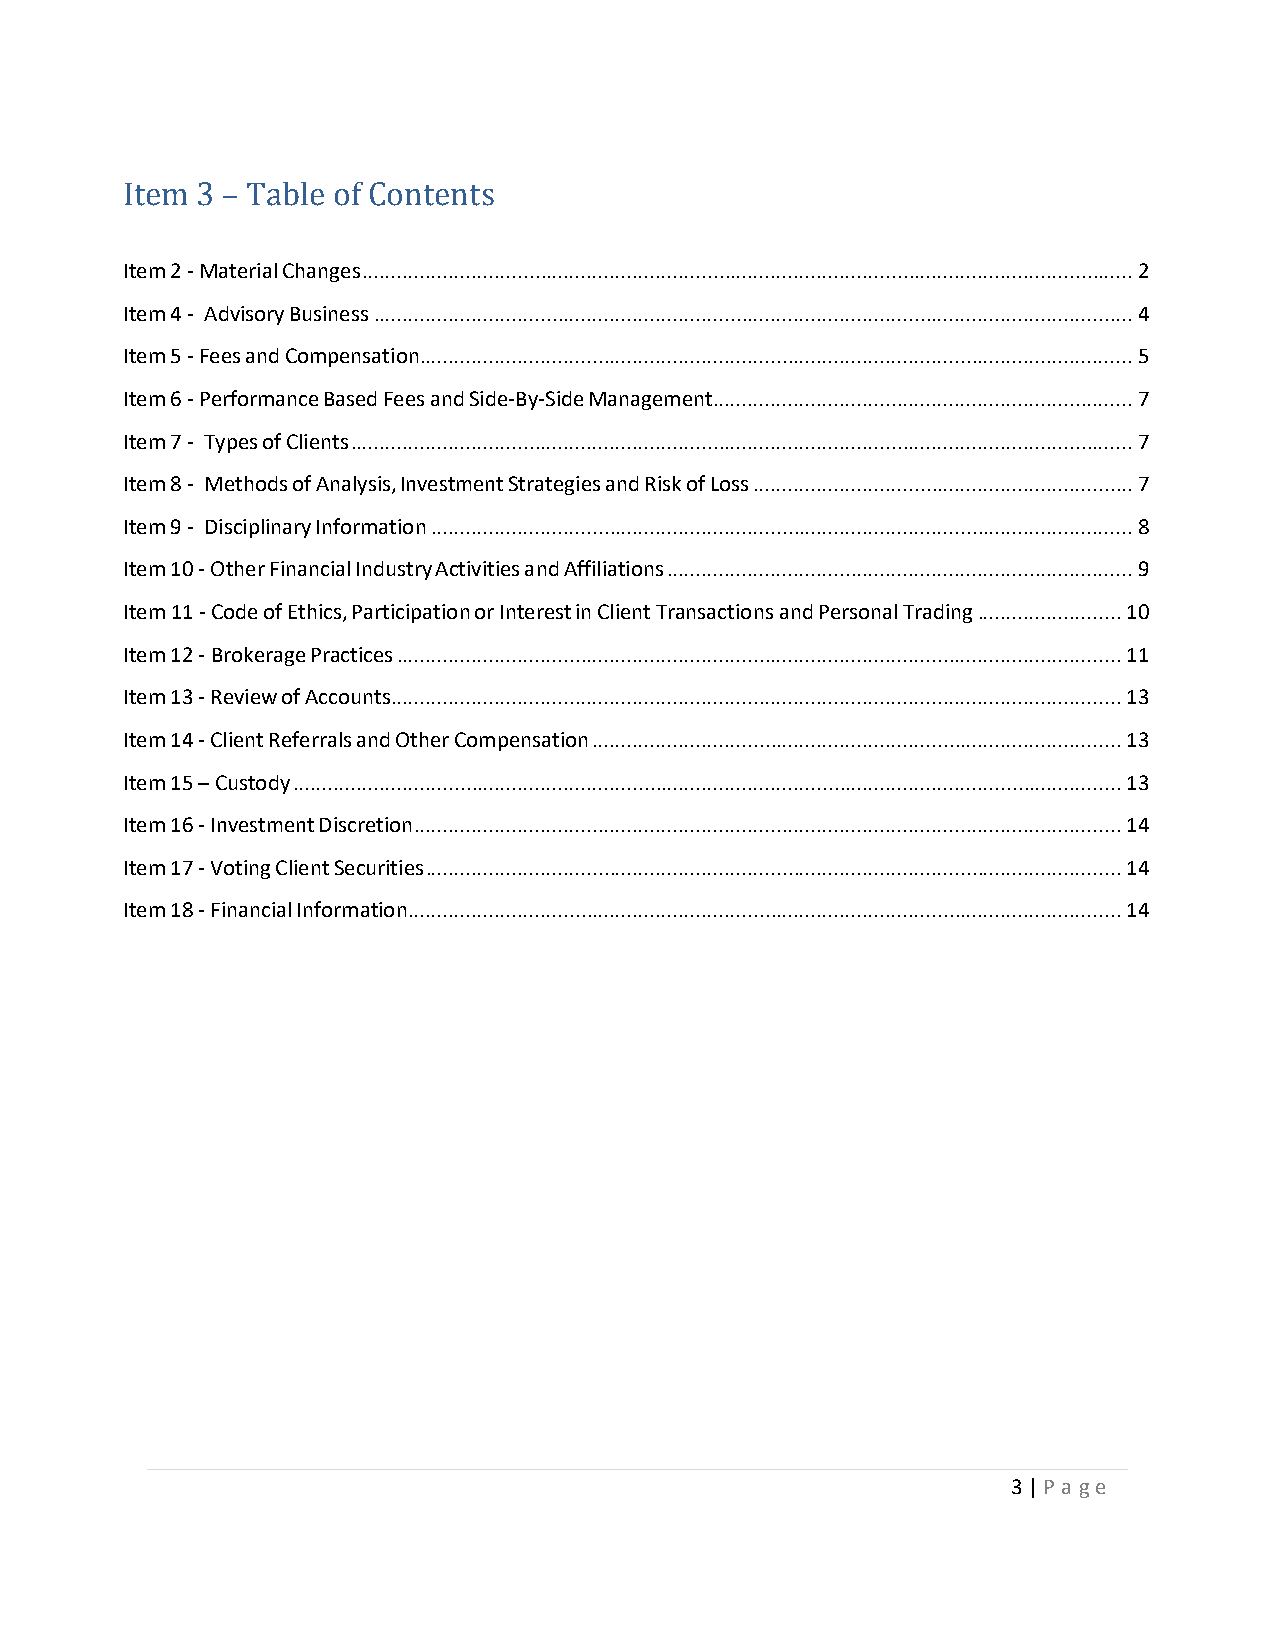
Item 3 – Table of Contents
 Item 2 - Material Changes ...................................................................................................................................... 2
 Item 4 - Advisory Business .................................................................................................................................... 4
 Item 5 - Fees and Compensation............................................................................................................................ 5
 Item 6 - Performance Based Fees and Side-By-Side Management ......................................................................... 7
 Item 7 - Types of Clients ........................................................................................................................................ 7
 Item 8 - Methods of Analysis, Investment Strategies and Risk of Loss .................................................................. 7
 Item 9 - Disciplinary Information .......................................................................................................................... 8
 Item 10 - Other Financial Industry Activities and Affiliations ................................................................................. 9
 Item 11 - Code of Ethics, Participation or Interest in Client Transactions and Personal Trading ......................... 10
 Item 12 - Brokerage Practices .............................................................................................................................. 11
 Item 13 - Review of Accounts ............................................................................................................................... 13
 Item 14 - Client Referrals and Other Compensation ............................................................................................ 13
 Item 15 – Custody ................................................................................................................................................ 13
 Item 16 - Investment Discretion ........................................................................................................................... 14
 Item 17 - Voting Client Securities ......................................................................................................................... 14
 Item 18 - Financial Information ............................................................................................................................ 14
 3 | P a g e